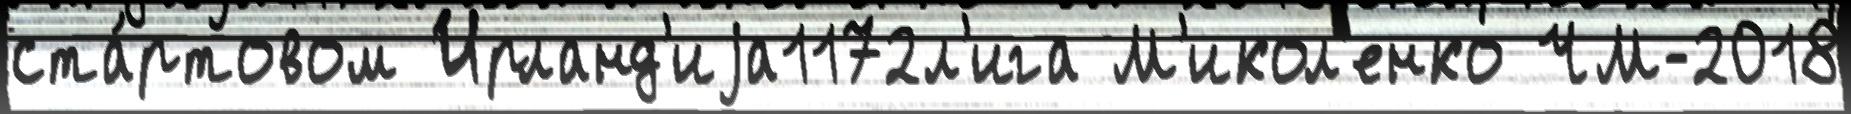
ста́ртовом Ирланд'иjа1172л'ига М'икол'енко ЧМ-2018